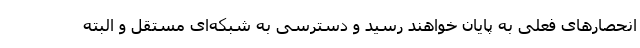
انحصارهای فعلی به پایان خواهند رسید و دسترسی به شبکه‌ای مستقل و البته